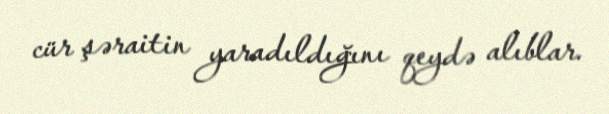
cür şəraitin yaradıldığını qeydə alıblar.